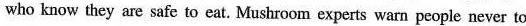
who know they are safe to eat. Mushroom experts warn people never to